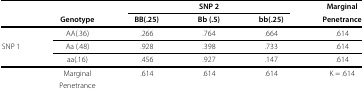
<table><thead><tr><td><b> </b></td><td><b> </b></td><td colspan="3"><b>SNP 2</b></td><td><b>Marginal</b></td></tr><tr><td><b> </b></td><td><b>Genotype</b></td><td><b>BB(.25)</b></td><td><b>Bb (.5)</b></td><td><b>bb(.25)</b></td><td><b>Penetrance</b></td></tr></thead><tbody><tr><td> </td><td>AA(.36)</td><td>.266</td><td>.764</td><td>.664</td><td>.614</td></tr><tr><td>SNP 1</td><td>Aa (.48)</td><td>.928</td><td>.398</td><td>.733</td><td>.614</td></tr><tr><td> </td><td>aa(.16)</td><td>.456</td><td>.927</td><td>.147</td><td>.614</td></tr><tr><td> </td><td>Marginal</td><td>.614</td><td>.614</td><td>.614</td><td>K = .614</td></tr><tr><td> </td><td>Penetrance</td><td> </td><td> </td><td> </td><td> </td></tr></tbody></table>